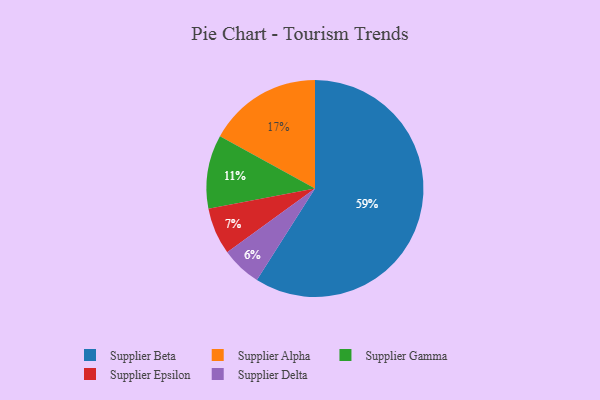
{"axis": {"x": "Category", "y": "Percentage"}, "legend": ["Supplier Alpha", "Supplier Beta", "Supplier Delta", "Supplier Epsilon", "Supplier Gamma"], "data": [{"x": "Supplier Gamma", "y": 11, "type": "Supplier Gamma"}, {"x": "Supplier Alpha", "y": 17, "type": "Supplier Alpha"}, {"x": "Supplier Beta", "y": 59, "type": "Supplier Beta"}, {"x": "Supplier Epsilon", "y": 7, "type": "Supplier Epsilon"}, {"x": "Supplier Delta", "y": 6, "type": "Supplier Delta"}]}